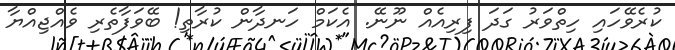
ކުރެވޭހައި ހިތްވަރު ގަދަ ފިރިއެއް ނޫނޭ. އެކަމް ހަނދާން ކުރާތި! ބޭވަފާތެރި ވެއްޖިއްޔާ